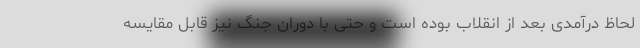
لحاظ درآمدی بعد از انقلاب بوده است و حتی با دوران جنگ نیز قابل مقایسه